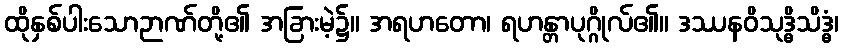
ထိုနှစ်ပါးသောဉာဏ်တို့၏ အခြားမဲ့၌။ အရဟတော၊ ရဟန္တာပုဂ္ဂိုလ်၏။ ဒဿနဝိသုဒ္ဓိသိဒ္ဓံ၊